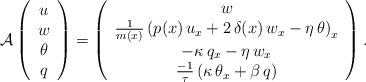
LaTeX: \begin{align*}\mathcal{A}\left(\begin{array}{c}u \\w \\\theta \\q\end{array}\right) =\left(\begin{array}{c}w \\\frac{1}{m(x)}\left(p(x)\,u_{x} + 2\,\delta(x)\,w_{x} - \eta\,\theta\right)_{x} \\-\kappa\,q_{x} - \eta\,w_{x}\\\frac{-1}{\tau}\left(\kappa\,\theta_{x} + \beta\,q\right)\end{array}\right).\end{align*}